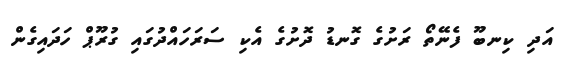
އަދި ކިނބޫ ފެނޭތޯ ރަށުގެ ގޮނޑު ދޮށުގެ އެކި ސަރަހައްދުގައި ގުރޫޕް ހަދައިގެން